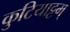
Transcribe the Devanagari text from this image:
कुटियाट्टम्